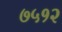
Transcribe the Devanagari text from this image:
७५१२